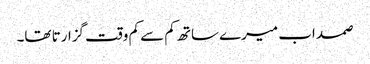
صمد اب میرے ساتھ کم سے کم وقت گزارتا تھا۔